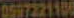
0997221106